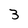
Character: 3